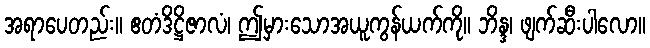
အရာပေတည်း။ ဧတံဒိဋ္ဌိဇာလံ၊ ဤမှားသောအယူကွန်ယက်ကို။ ဘိန္ဒ၊ ဖျက်ဆီးပါလော။